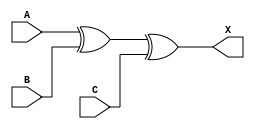
/*
 * Copyright 2020 The SkyWater PDK Authors
 *
 * Licensed under the Apache License, Version 2.0 (the "License");
 * you may not use this file except in compliance with the License.
 * You may obtain a copy of the License at
 *
 *     https://www.apache.org/licenses/LICENSE-2.0
 *
 * Unless required by applicable law or agreed to in writing, software
 * distributed under the License is distributed on an "AS IS" BASIS,
 * WITHOUT WARRANTIES OR CONDITIONS OF ANY KIND, either express or implied.
 * See the License for the specific language governing permissions and
 * limitations under the License.
 *
 * SPDX-License-Identifier: Apache-2.0
*/


`ifndef SKY130_FD_SC_MS__XOR3_FUNCTIONAL_V
`define SKY130_FD_SC_MS__XOR3_FUNCTIONAL_V

/**
 * xor3: 3-input exclusive OR.
 *
 *       X = A ^ B ^ C
 *
 * Verilog simulation functional model.
 */

`timescale 1ns / 1ps
`default_nettype none

`celldefine
module sky130_fd_sc_ms__xor3 (
    X,
    A,
    B,
    C
);

    // Module ports
    output X;
    input  A;
    input  B;
    input  C;

    // Local signals
    wire xor0_out_X;

    //  Name  Output      Other arguments
    xor xor0 (xor0_out_X, A, B, C        );
    buf buf0 (X         , xor0_out_X     );

endmodule
`endcelldefine

`default_nettype wire
`endif  // SKY130_FD_SC_MS__XOR3_FUNCTIONAL_V